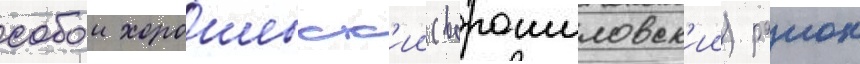
собои хорошевск'ии (ворошиловск'ии) раион